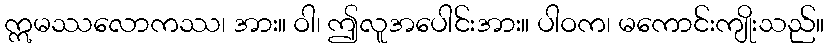
ဣမဿလောကဿ၊ အား။ ဝါ၊ ဤလူအပေါင်းအား။ ပါဝက၊ မကောင်းကျိုးသည်။